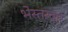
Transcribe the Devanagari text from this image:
भेस्तरवार